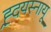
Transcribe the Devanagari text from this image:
ह्र्दयस्नायू